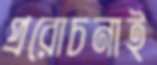
প্ররোচনাই